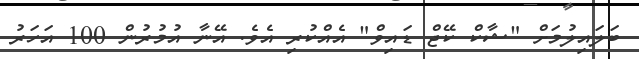
ބަލައިލުމަށް "ޝާކް ކޭޖް ޑައިވް" އެއްކުރި އެވެ. އޭނާ އުމުރުން 100 އަހަރު